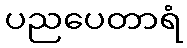
ပညပေတာရံ